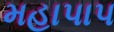
મહાપાપ